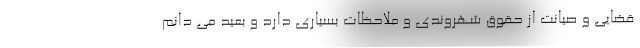
قضایی و صیانت از حقوق شهروندی و ملاحظات بسیاری دارد و بعید می دانم